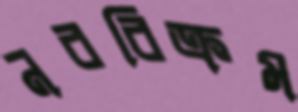
নববিক্রম